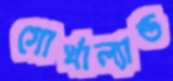
গোর্খাল্যান্ড